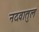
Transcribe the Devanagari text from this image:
नदवातुल